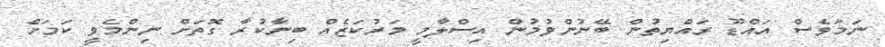
ނަމަވެސް އައްޑޫ ރައްޔިތުން ބޭނުންވުމުން އިސްލާމީ މަރުކަޒެއް ބިނާކުރާ ގޮތަށް ނިންމެވީ ކަމަށް